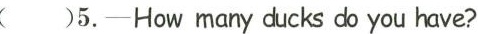
（ ）5.-How many ducks d you have?